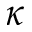
\kappa